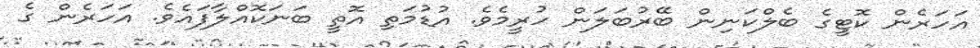
އަހަރެން ކޮޓީގެ ބެލްކަނިން ބޭރުބަލަން ހުރީމެވެ. އުޑުމަތި އޮތީ ބަނަކޮއްލާފައެވެ. އަހަރެން ގެ